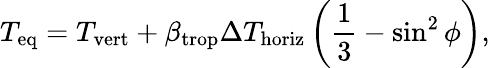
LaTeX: T_{\mathrm{eq}}=T_{\mathrm{vert}}+\beta_{\mathrm{trop}}\Delta T_{\mathrm{horiz}}\left(\frac{1}{3}-\sin^{2}\phi\right),